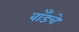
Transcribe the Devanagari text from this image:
बाँडचे